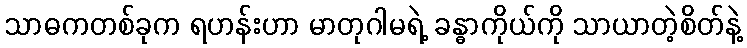
သာဓကတစ်ခုက ရဟန်းဟာ မာတုဂါမရဲ့ ခန္ဓာကိုယ်ကို သာယာတဲ့စိတ်နဲ့